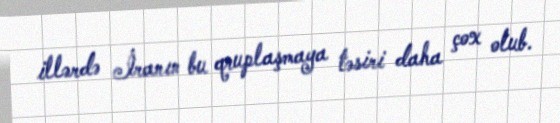
illərdə İranın bu qruplaşmaya təsiri daha çox olub.